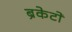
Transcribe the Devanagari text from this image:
ब्रैकेटों